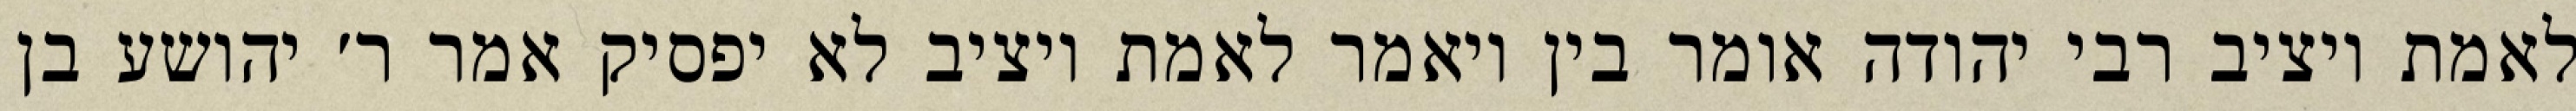
לאמת ויציב רבי יהודה אומר בין ויאמר לאמת ויציב לא יפסיק אמר ר׳ יהושע בן